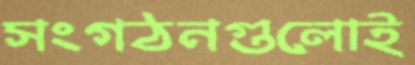
সংগঠনগুলোই